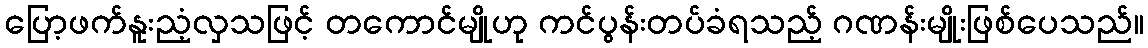
ပြော့ဖက်နူးညံ့လှသဖြင့် တကောင်မျိုဟု ကင်ပွန်းတပ်ခံရသည့် ဂဏန်းမျိုးဖြစ်ပေသည်။